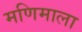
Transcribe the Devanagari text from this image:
मणिमाला